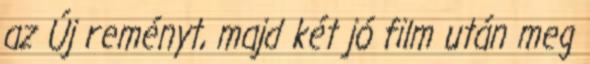
az Új reményt, majd két jó film után meg